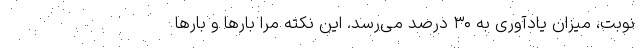
نوبت، میزان یادآوری به ۳۰ درصد می‌رسد. این نکته مرا بارها و بارها